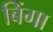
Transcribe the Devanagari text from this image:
बिंगा